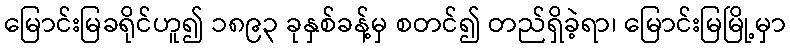
မြောင်းမြခရိုင်ဟူ၍ ၁၈၉၃ ခုနှစ်ခန့်မှ စတင်၍ တည်ရှိခဲ့ရာ၊ မြောင်းမြမြို့မှာ